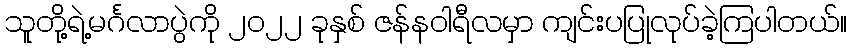
သူတို့ရဲ့မင်္ဂလာပွဲကို ၂၀၂၂ ခုနှစ် ဇန်နဝါရီလမှာ ကျင်းပပြုလုပ်ခဲ့ကြပါတယ်။